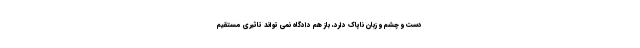
دست و چشم و زبان ناپاک دارد، باز هم دادگاه نمی تواند تاثیری مستقیم